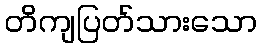
တိကျပြတ်သားသော